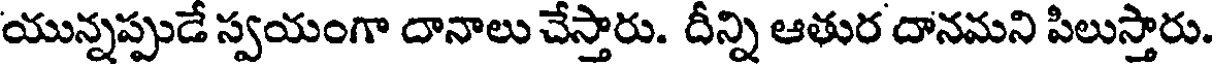
యున్నప్పుడే స్వయంగా దానాలు చేస్తారు. దీన్ని ఆతుర దానమని పిలుస్తారు.